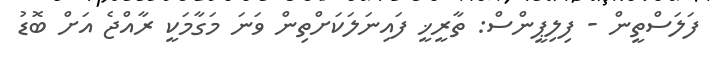
ފަލަސްތީން - ފިލިޕީންސް: ތާރީޚީ ފައިނަލަކަށްތިން ވަނަ މަގާމަކީ ރާއްޖެ އަށް ބޮޑު